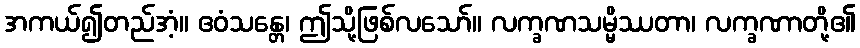
အကယ်၍တည်အံ့။ ဧဝံသန္တေ၊ ဤသို့ဖြစ်လသော်။ လက္ခဏသမ္မိဿတာ၊ လက္ခဏာတို့၏